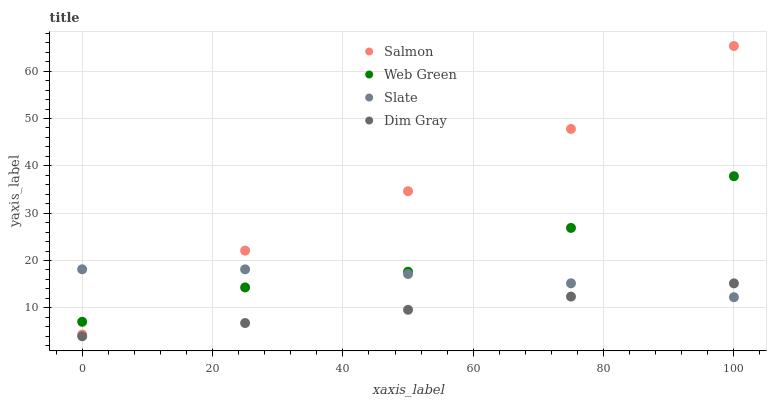
| xaxis_label | Salmon | Web Green | Slate | Dim Gray |
 | --- | --- | --- | --- | --- |
 | 0 | 4.36 | 7.05 | 18.1 | 4 |
 | 25 | 22.1 | 14.3 | 18.1 | 6.79 |
 | 50 | 34.6 | 17.6 | 17.1 | 9.59 |
 | 75 | 47.8 | 26.9 | 15.2 | 12.4 |
 | 100 | 65.3 | 37.8 | 12.3 | 15.2 |